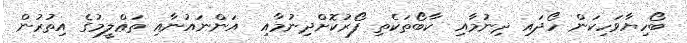
ބޯހިޔާވަހިކަން ހޯދައި ދިނުމާއި  ކާބޯތަކެތި ފޯރުކޮށްދިނުމާއި  އަންނައުނާއި ތަޢްލީމުގެ އިތުރުން